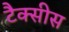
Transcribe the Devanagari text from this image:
टैक्सीस